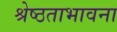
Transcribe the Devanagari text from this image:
श्रेष्ठताभावना